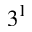
3 ^ { 1 }